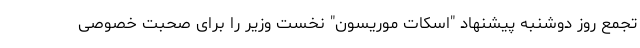
تجمع روز دوشنبه پیشنهاد "اسکات موریسون" نخست وزیر را برای صحبت خصوصی